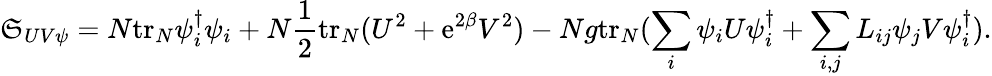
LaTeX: \mathfrak{S}_{UV\psi}=N\mathrm{{tr}}_{N}\psi_{i}^{\dagger}\psi_{i}+N\frac{{1}}{{2}}\mathrm{{tr}}_{N}(U^{2}+\mathrm{{e}}^{2\beta}V^{2})-Ng\mathrm{{tr}}_{N}(\sum_{i}\psi_{i}U\psi_{i}^{\dagger}+\sum_{i,j}L_{ij}\psi_{j}V\psi_{i}^{\dagger}).